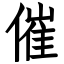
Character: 催